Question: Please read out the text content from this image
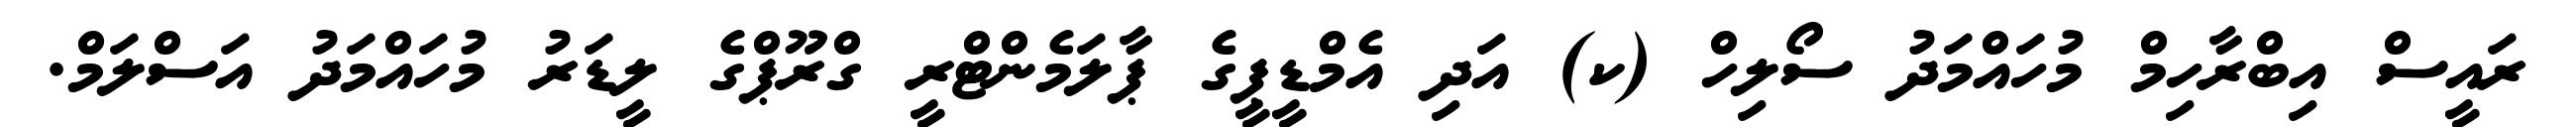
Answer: ރައީސް އިބްރާހިމް މުހައްމަދު ސޯލިހް (ކ) އަދި އެމްޑީޕީގެ ޕާލަމެންޓްރީ ގްރޫޕްގެ ލީޑަރު މުހައްމަދު އަސްލަމް.